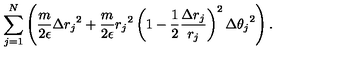
\sum _ { j = 1 } ^ { N } \left( \frac { m } { 2 \epsilon } \Delta { r _ { j } } ^ { 2 } + \frac { m } { 2 \epsilon } { r _ { j } } ^ { 2 } \left( 1 - \frac { 1 } { 2 } \frac { \Delta r _ { j } } { r _ { j } } \right) ^ { 2 } \Delta { \theta _ { j } } ^ { 2 } \right) .